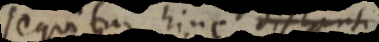
sequitur hinc distenti